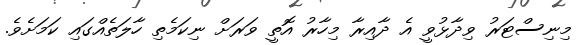
މިނިސްޓަރު ވިދާޅުވީ އެ ދާއިރާ މިހާރު އޮތީ ވަރަށް ނިކަމެތި ހާލަތެއްގައި ކަމަށެވެ.